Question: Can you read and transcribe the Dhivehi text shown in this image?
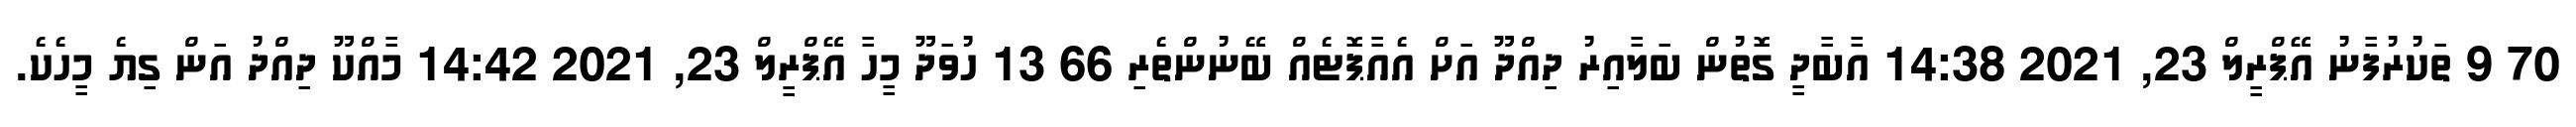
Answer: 70 9 ތަކުރުފާނު އޭޕްރީލް 23, 2021 14:38 އާބާދީ ގޮތުން ބަލާއިރު ދިއްދޫ އަށް އެއާޕޮޓެއް ބޭނުންތެރި 66 13 ހުވަދޫ މީހާ އޭޕްރީލް 23, 2021 14:42 މާއްކޫ ދިއްދު އަން ގިޔެ މީހެކެ.